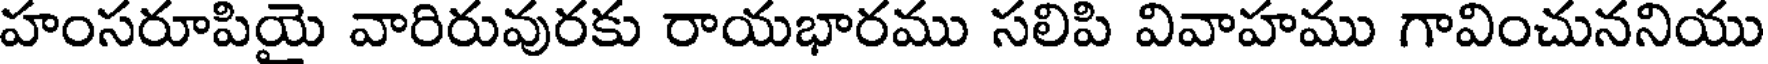
హంసరూపియై వారిరువురకు రాయభారము సలిపి వివాహము గావించుననియు